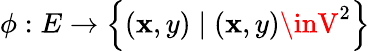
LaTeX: \phi:E\to\left\{ (\mathbf{x},y)\mid(\mathbf{x},y)\inV^{2}\right\}